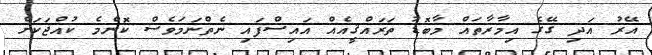
އޭރު އަދި ގޭގެ އިމާރާތައް މާބޮޑު ތަރައްޤީއެއް އައިސްފައި ނެތްނަމަވެސް ކޮންމެ ކުއްޖަކަށް